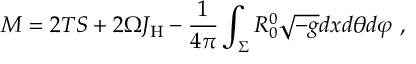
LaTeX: M = 2 T S + 2 \Omega J _ { \mathrm { H } } - \frac { 1 } { 4 \pi } \int _ { \Sigma } R _ { 0 } ^ { 0 } \sqrt { - g } d x d \theta d \varphi \ ,